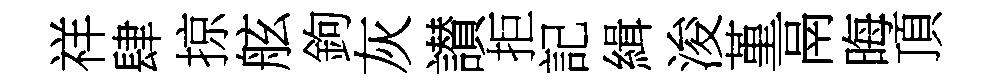
祥肆掠舷鉤灰讃拒記緝浚堇鬲晦頂